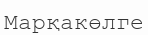
Марқакөлге